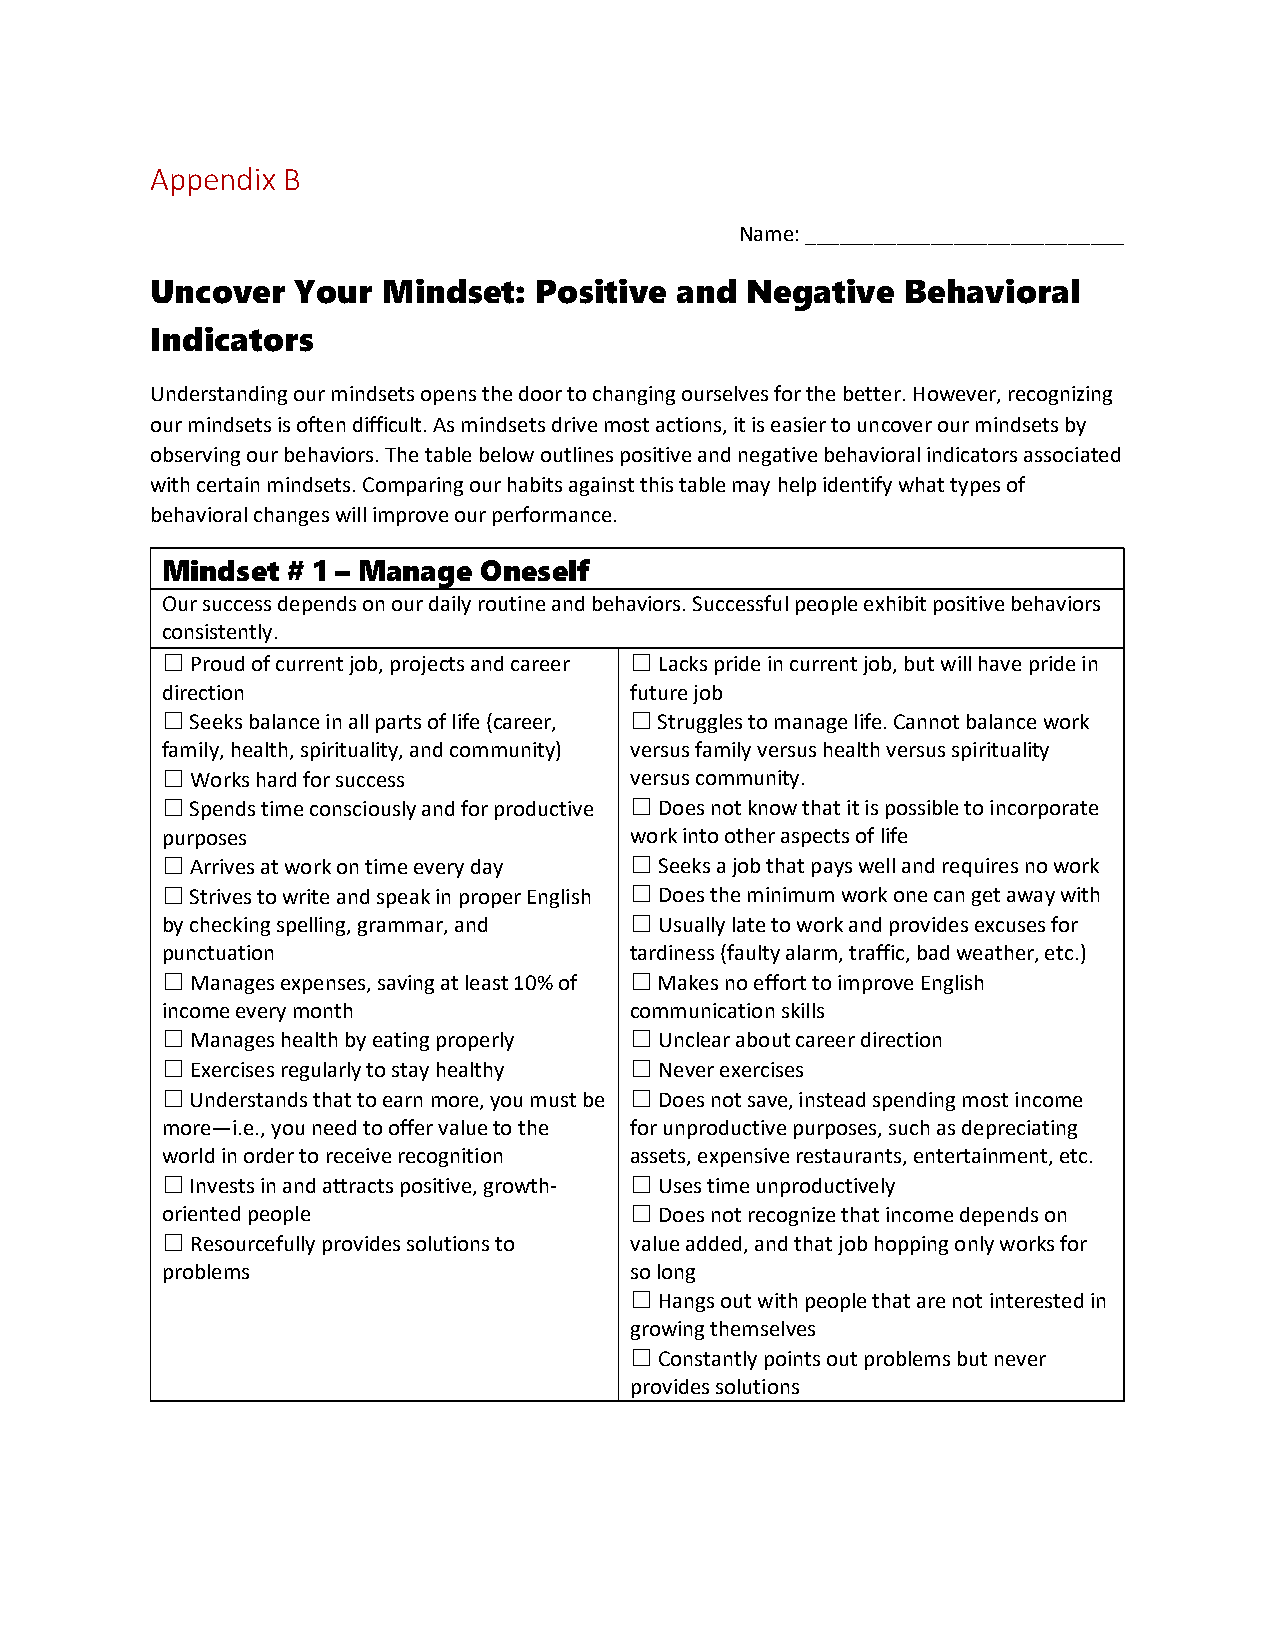
Appendix B
 Name: ____________________________
 Uncover   Your Mindset:   Positive and Negative   Behavioral
 Indicators
 Understanding our mindsets opens the door to changing ourselves for the better. However, recognizing
 our mindsets is often difficult. As mindsets drive most actions, it is easier to uncover our mindsets by
 observing our behaviors. The table below outlines positive and negative behavioral indicators associated
 with certain mindsets. Comparing our habits against this table may help identify what types of
 behavioral changes will improve our performance.
 Mindset # 1 – Manage Oneself
 Our success depends on our daily routine and behaviors. Successful people exhibit positive behaviors
 consistently.
 ☐ Proud of current job, projects and career ☐ Lacks pride in current job, but will have pride in
 direction                      future job
 ☐ Seeks balance in all parts of life (career, ☐ Struggles to manage life. Cannot balance work
 family, health, spirituality, and community) versus family versus health versus spirituality
 ☐ Works hard for success       versus community.
 ☐ Spends time consciously and for productive ☐ Does not know that it is possible to incorporate
 purposes                       work into other aspects of life
 ☐ Arrives at work on time every day ☐ Seeks a job that pays well and requires no work
 ☐ Strives to write and speak in proper English ☐ Does the minimum work one can get away with
 by checking spelling, grammar, and ☐ Usually late to work and provides excuses for
 punctuation                    tardiness (faulty alarm, traffic, bad weather, etc.)
 ☐ Manages expenses, saving at least 10% of ☐ Makes no effort to improve English
 income every month             communication skills
 ☐ Manages health by eating properly ☐ Unclear about career direction
 ☐ Exercises regularly to stay healthy ☐ Never exercises
 ☐ Understands that to earn more, you must be ☐ Does not save, instead spending most income
 more—i.e., you need to offer value to the for unproductive purposes, such as depreciating
 world in order to receive recognition assets, expensive restaurants, entertainment, etc.
 ☐ Invests in and attracts positive, growth- ☐ Uses time unproductively
 oriented people                ☐ Does not recognize that income depends on
 ☐ Resourcefully provides solutions to value added, and that job hopping only works for
 problems                       so long
 ☐ Hangs out with people that are not interested in
 growing themselves
 ☐ Constantly points out problems but never
 provides solutions